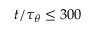
t / { \tau _ { \theta } } \le 3 0 0